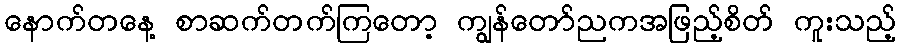
နောက်တနေ့ စာဆက်တက်ကြတော့ ကျွန်တော်ညကအဖြည့်စိတ် ကူးသည့်